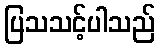
ပြသသင့်ပါသည်